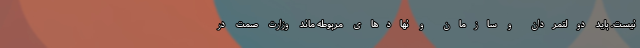
نیست. باید دولتمردان و سازمان و نهادهای مربوطه ماند وزارت صمت در